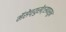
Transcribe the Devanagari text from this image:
मॅसेच्युसेट्सपासून